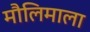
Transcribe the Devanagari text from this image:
मौलिमाला